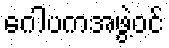
ဂေါပကအဖွဲ့ဝင်